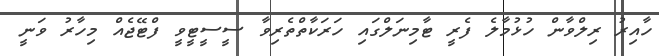
ހާއިރު ރިލްވާން ހުޅުމާލެ ފެރީ ޓާމިނަލްގައި ހަރަކާތްތެރިވާ ސީސީޓީވީ ފްޓޭޖެއް މިހާރު ވަނީ